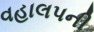
વહાલપની